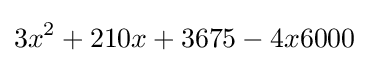
3x^{2}+210x+3675-4x6000